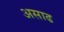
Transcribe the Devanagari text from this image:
असाढ